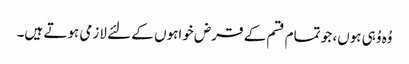
وُہ وُہی ہوں، جو تمام قسم کے قرض خواہوں کے لئے لازمی ہوتے ہیں۔